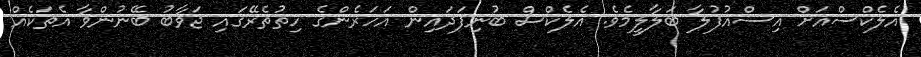
އެލެކްސްއަށް އިސްއުފުލާ ބަލާލީމެވެ. އެލެކްސް ބުނިފަދައިން އަހަރެންގެ ހިތުތެރޭގައި ޖަވާބު ބޭނުންވާ އެތަކެއް